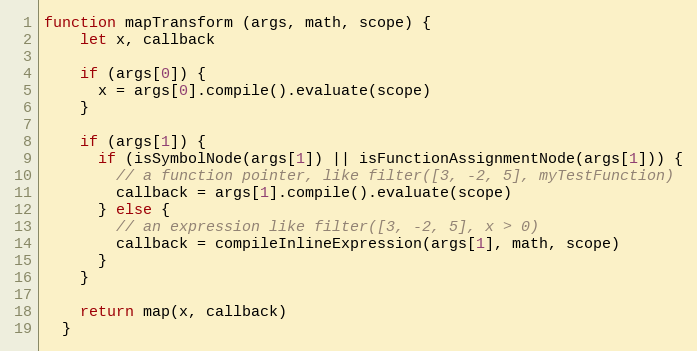
Language: JavaScript
function mapTransform (args, math, scope) {
    let x, callback

    if (args[0]) {
      x = args[0].compile().evaluate(scope)
    }

    if (args[1]) {
      if (isSymbolNode(args[1]) || isFunctionAssignmentNode(args[1])) {
        // a function pointer, like filter([3, -2, 5], myTestFunction)
        callback = args[1].compile().evaluate(scope)
      } else {
        // an expression like filter([3, -2, 5], x > 0)
        callback = compileInlineExpression(args[1], math, scope)
      }
    }

    return map(x, callback)
  }